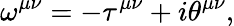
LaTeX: \omega^{\mu\nu}=-\tau^{\mu\nu}+i\theta^{\mu\nu},